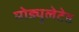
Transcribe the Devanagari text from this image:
मोड्युलेटेड